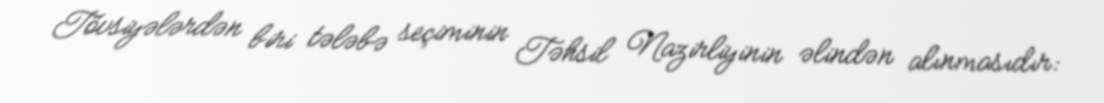
Tövsiyələrdən biri tələbə seçiminin Təhsil Nazirliyinin əlindən alınmasıdır: